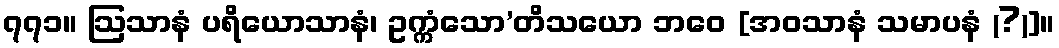
၇၇၁။ ဩသာနံ ပရိယောသာနံ၊ ဥက္ကံသော’တိသယော ဘဝေ [အဝသာနံ သမာပနံ (?)]။